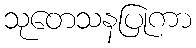
သုတေသနပြုကာ